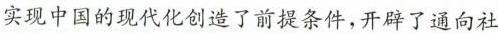
实现中国的现代化创造了前提条件，开辟了通向社